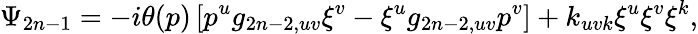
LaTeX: \Psi_{2n-1}=-i\theta(p)\left[p^{u}g_{2n-2,uv}\xi^{v}-\xi^{u}g_{2n-2,uv}p^{v}\right]+k_{uvk}\xi^{u}\xi^{v}\xi^{k},